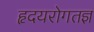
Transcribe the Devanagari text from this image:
हृदयरोगतज्ञ